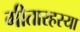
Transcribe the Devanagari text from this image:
गीतारहस्या